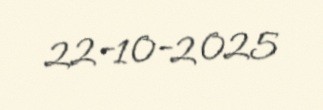
22-10-2025